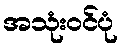
အသုံးဝင်ပုံ